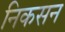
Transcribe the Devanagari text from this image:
निकसन